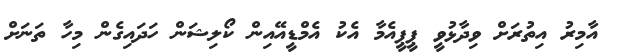
އާމިރު އިތުރަށް ވިދާޅުވީ ޕީޕީއެމާ އެކު އެމްޑީއޭއިން ކޯލިޝަން ހަދައިގެން މިހާ ތަނަށް